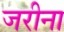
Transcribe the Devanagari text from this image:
जरीना